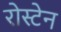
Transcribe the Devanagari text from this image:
रोस्टेन